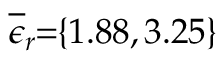
\! \! \! \! \! \! \! \! \! \! \! \! \! \! \! \overline { { \epsilon } } _ { r } \! \! = \! \! \{ 1 . 8 8 , 3 . 2 5 \} \!